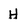
Character: h